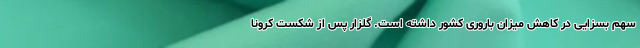
سهم بسزایی در کاهش میزان باروری کشور داشته است. گلزار پس از شکست کرونا